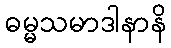
ဓမ္မသမာဒါနာနိ